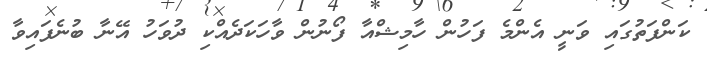
ކަންފަތުގައި ވަނީ އެންމެ ފަހުން ހާމިޝްއާ ފޯނުން ވާހަކަދެއްކި ދުވަހު އޭނާ ބުނެފައިވާ